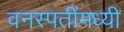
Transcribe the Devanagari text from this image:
वनस्पतींमध्यी